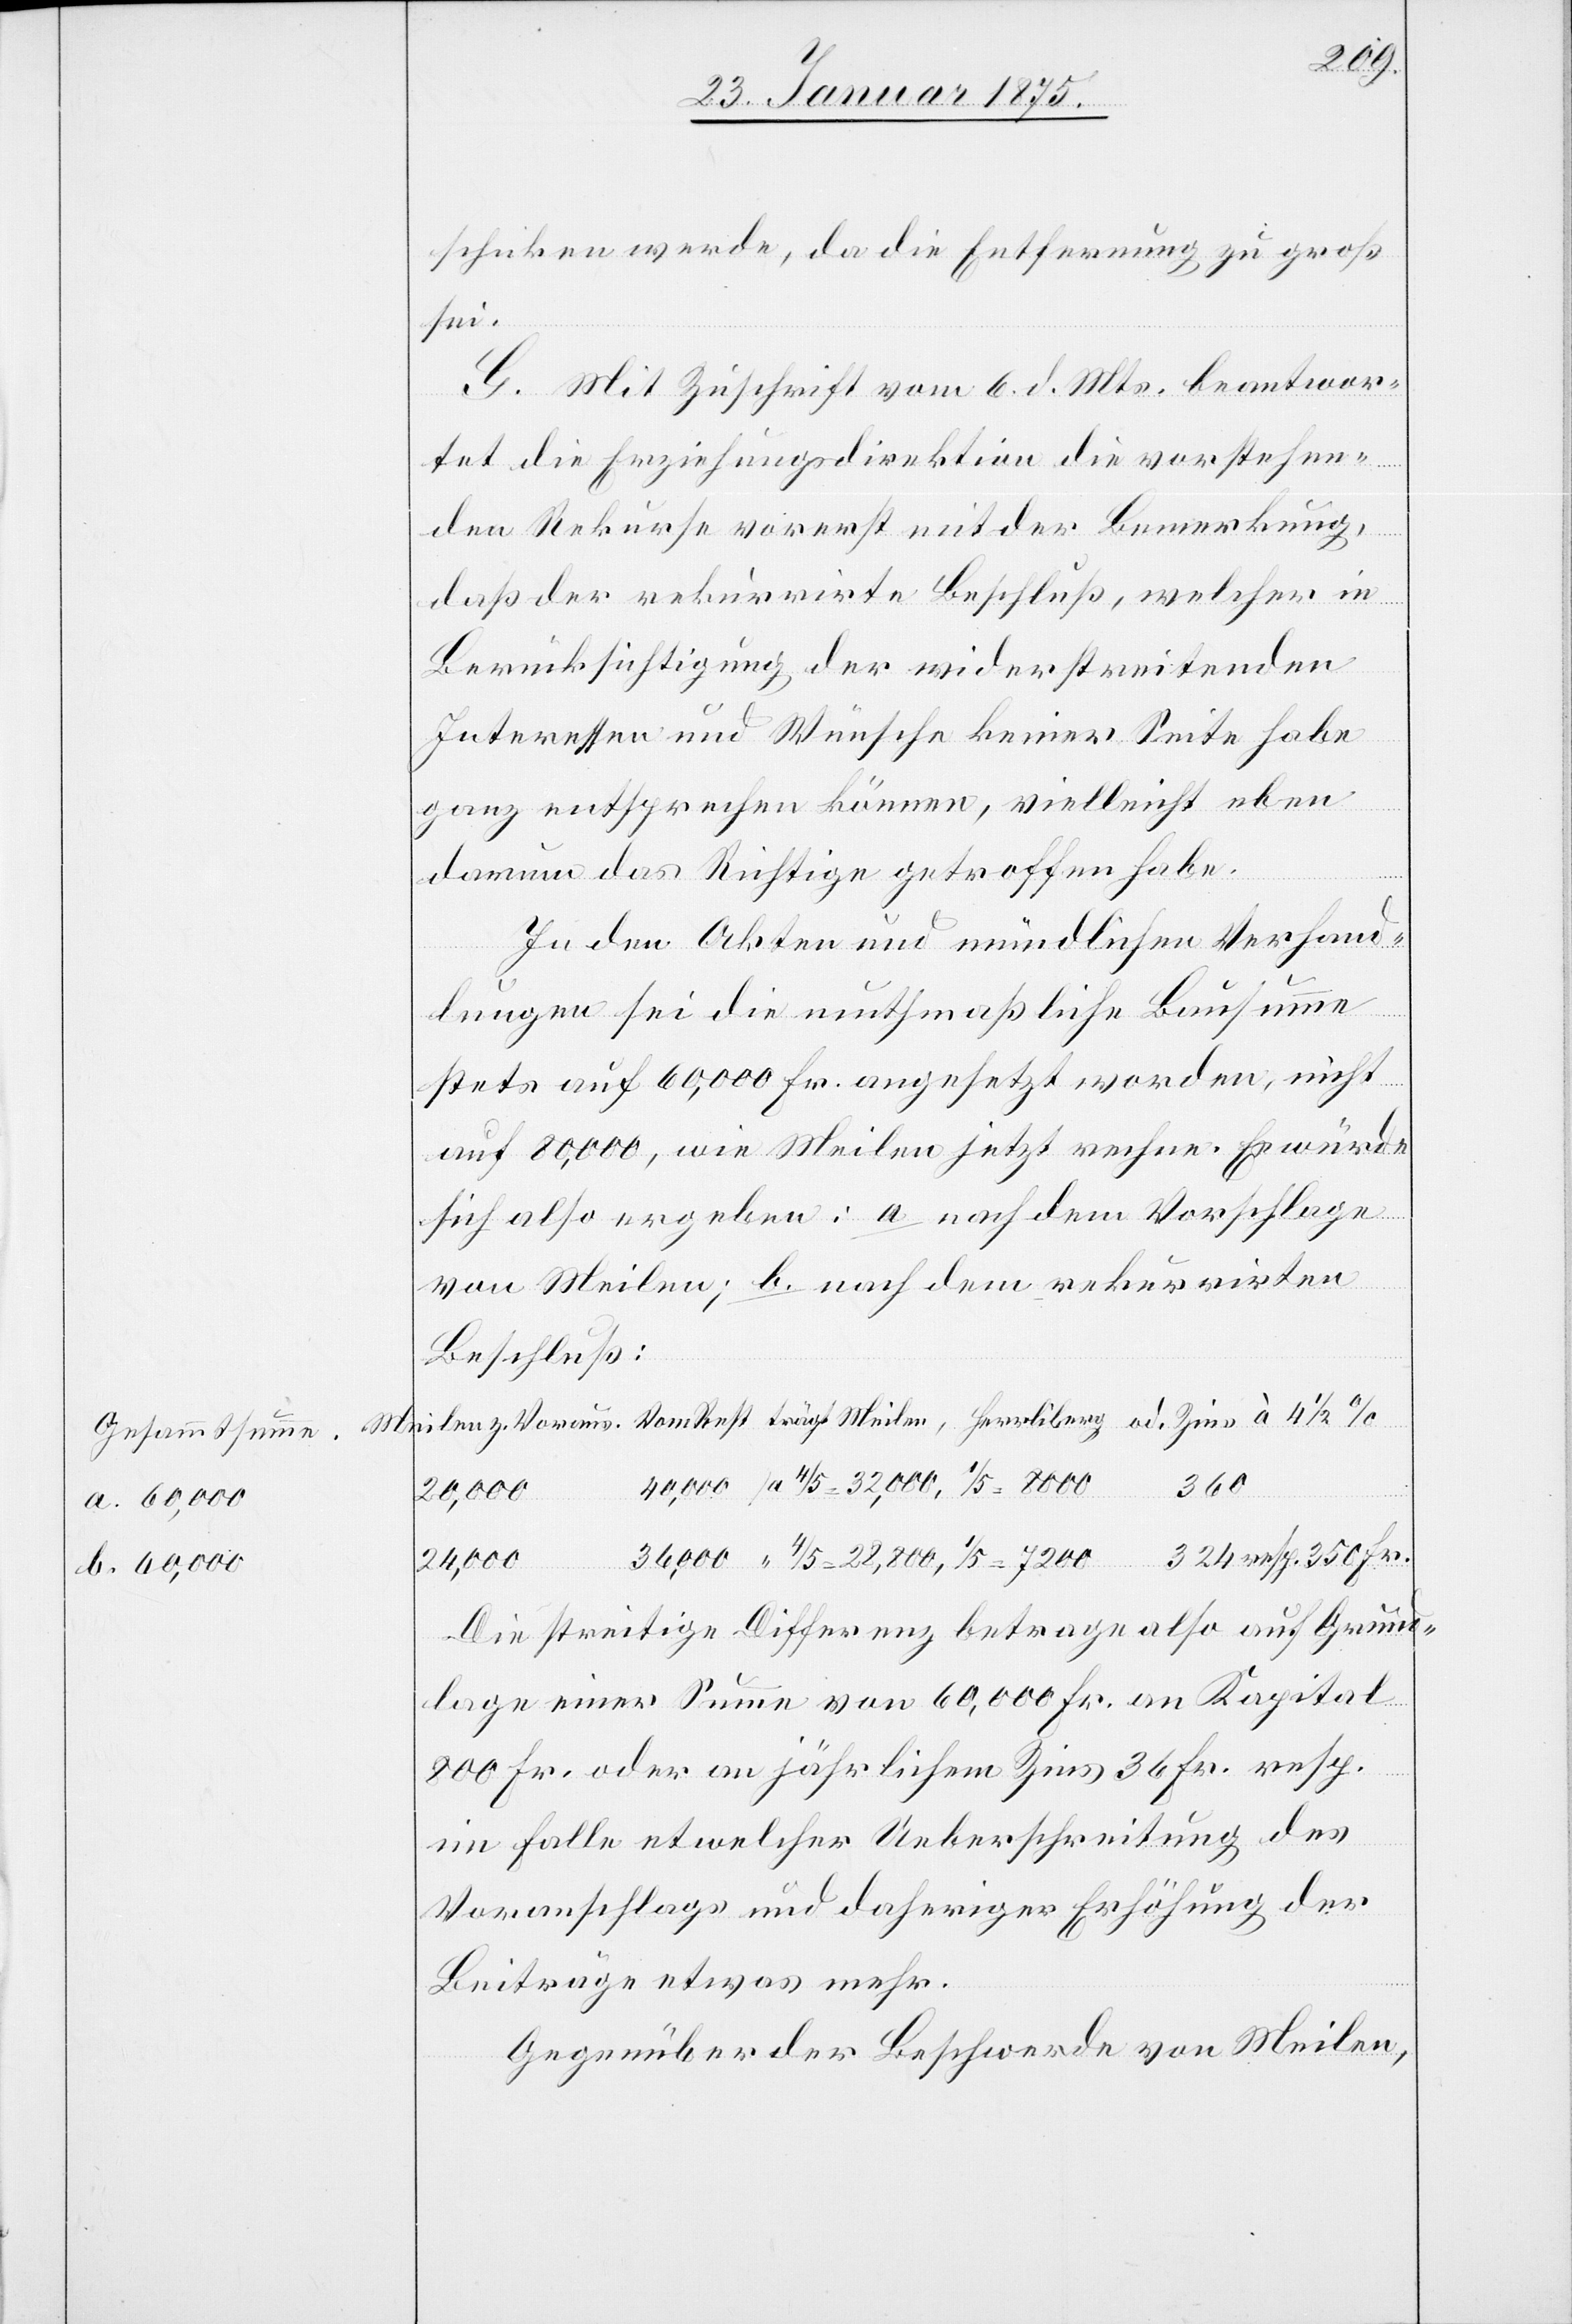
Gesammtsumme.
a. 60,000
b. 60,000

324
schicken werde, da die Entfernung zu groß
Fr.
G. Mit Zuschrift vom 6. d. Mts. beantwor¬
tet die Erziehungsdirektion die vorstehen¬
den Rekurse vorerst mit der Bemerkung,
daß der rekurrirte Beschluß, welcher in
Berücksichtigung der wiederstreitenden
Interessen und Wünsche keiner Seite habe
ganz entsprechen können, vielleicht eben
darum das Richtige getroffen habe.
In den Akten und mündlichen Verhand¬
lungen sie die muthmaßliche Bausumme
stets auf 60,000 Fr. angesetzt worden, nicht
auf 80,000, wie Meilen jetzt rechne. Es würde
sich also ergeben: a. nach dem Vorschlage
von Meilen; b. nach dem rekurrirten
Beschluß:
36,000
Die streitige Differenz betrage also auf Grund¬
lage einer Summe von 60,000 Fr. an Kapital
800 Fr. oder an jährlichem Zins 36 Fr. resp.
im Falle etwelcher Ueberschreitung des
Voranschlages und daheriger Erhöhung der
Beiträge etwas mehr.
Gegenüber der Beschwerde von Meilen,